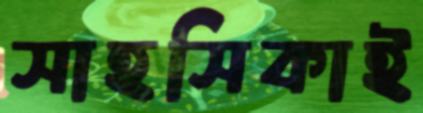
সাহসিকাই